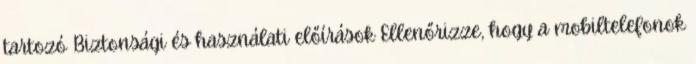
tartozó Biztonsági és használati előírások Ellenőrizze, hogy a mobiltelefonok